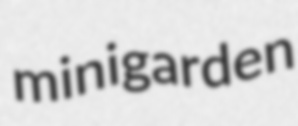
minigarden